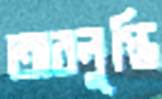
অবলুপ্তি